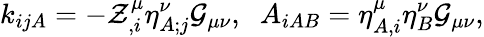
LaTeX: k_{ijA}=-{\cal Z}_{,i}^{\mu}{\eta}_{A;j}^{\nu}{\cal G}_{\mu\nu},\; \; A_{iAB}=\eta_{A,i}^{\mu}\eta_{B}^{\nu}{\cal G}_{\mu\nu},